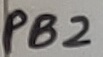
Text: PB2